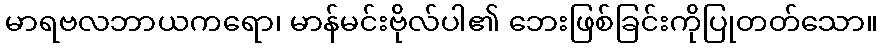
မာရဗလဘာယကရော၊ မာန်မင်းဗိုလ်ပါ၏ ဘေးဖြစ်ခြင်းကိုပြုတတ်သော။